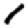
Digit: 1